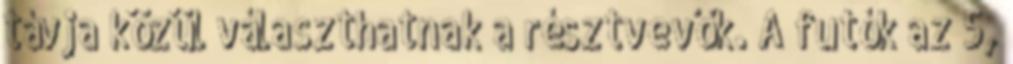
távja közül választhatnak a résztvevők. A futók az 5,